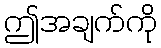
ဤအချက်ကို